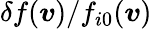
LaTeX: \delta f(\boldsymbol{v})/f_{i0}(\boldsymbol{v})